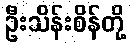
ဦးသိန်းစိန်တို့